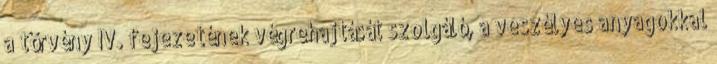
a törvény IV. fejezetének végrehajtását szolgáló, a veszélyes anyagokkal